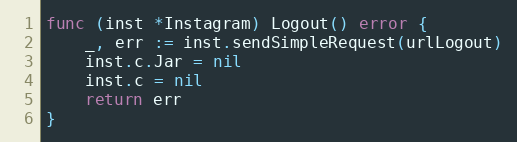
Language: Go
func (inst *Instagram) Logout() error {
	_, err := inst.sendSimpleRequest(urlLogout)
	inst.c.Jar = nil
	inst.c = nil
	return err
}